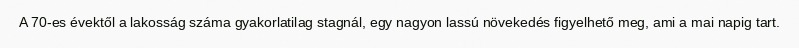
A 70-es évektől a lakosság száma gyakorlatilag stagnál, egy nagyon lassú növekedés figyelhető meg, ami a mai napig tart.